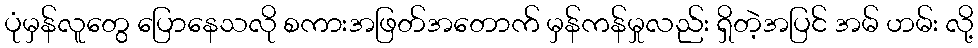
ပုံမှန်လူတွေ ပြောနေသလို စကားအဖြတ်အတောက် မှန်ကန်မှုလည်း ရှိတဲ့အပြင် အမ် ဟမ်း လို့